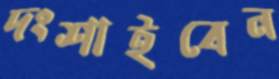
দংশাইবেন